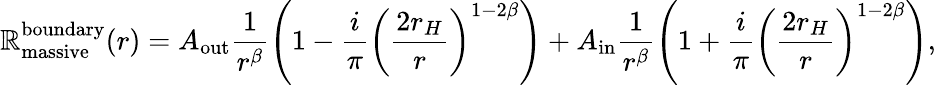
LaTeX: \mathbb{R}_{\mathrm{{massive}}}^{\mathrm{{boundary}}}(r)=A_{\mathrm{{out}}}\frac{{1}}{{r^{\beta}}}\left(1-\frac{{i}}{{\pi}}\left(\frac{{2r_{H}}}{{r}}\right)^{1-2\beta}\right)+A_{\mathrm{{in}}}\frac{{1}}{{r^{\beta}}}\left(1+\frac{{i}}{{\pi}}\left(\frac{{2r_{H}}}{{r}}\right)^{1-2\beta}\right),